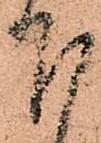
下